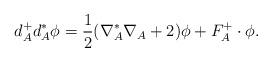
LaTeX: \begin{align*} d_A^+d_A^*\phi = \frac{1}{2}(\nabla_A^*\nabla_A + 2) \phi + F_A^+\cdot\phi.\end{align*}